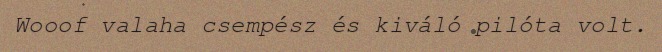
Wooof valaha csempész és kiváló pilóta volt.